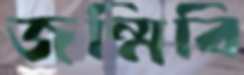
জন্মিবি